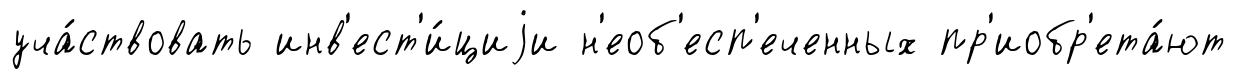
уча́ствовать инв'ест'и́циjи н'еоб'есп'еченных пр'иобр'ета́ют